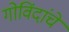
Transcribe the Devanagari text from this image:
गोविंदांचे